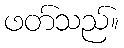
ဖတ်သည်။